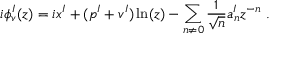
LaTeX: i \phi _ { v } ^ { I } ( z ) = i x ^ { I } + ( p ^ { I } + v ^ { I } ) \ln ( z ) - \sum _ { n \not = 0 } { \frac { 1 } { \sqrt { n } } } a _ { n } ^ { I } z ^ { - n } ~ .